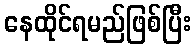
နေထိုင်ရမည်ဖြစ်ပြီး